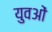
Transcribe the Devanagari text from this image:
युवओं